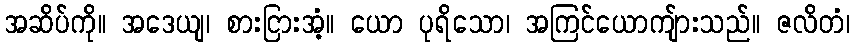
အဆိပ်ကို။ အဒေယျ၊ စားငြားအံ့။ ယော ပုရိသော၊ အကြင်ယောကျ်ားသည်။ ဇလိတံ၊